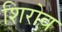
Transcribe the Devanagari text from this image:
शिरोव